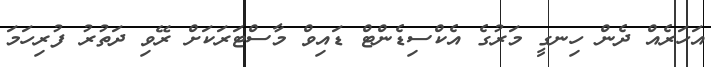
އަހަރެއް ދެން ހިނގީ މަރުގެ އެކްސިޑެންޓް ޑައިވް މާސްޓަރަކަށް ރޭވި ދަތުރު ފުރިހަމަ